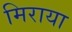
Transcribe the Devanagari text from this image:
मिराया